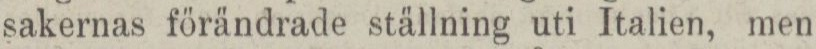
sakernas förändrade ställning uti Italien, men